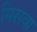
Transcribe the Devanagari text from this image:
मिसवा